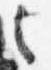
之